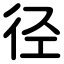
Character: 径